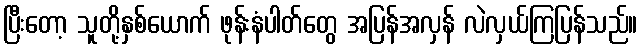
ပြီးတော့ သူတို့နှစ်ယောက် ဖုန်းနံပါတ်တွေ အပြန်အလှန် လဲလှယ်ကြပြန်သည်။